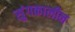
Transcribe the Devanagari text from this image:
सुंगकालीन